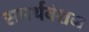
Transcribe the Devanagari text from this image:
समर्थवंशज